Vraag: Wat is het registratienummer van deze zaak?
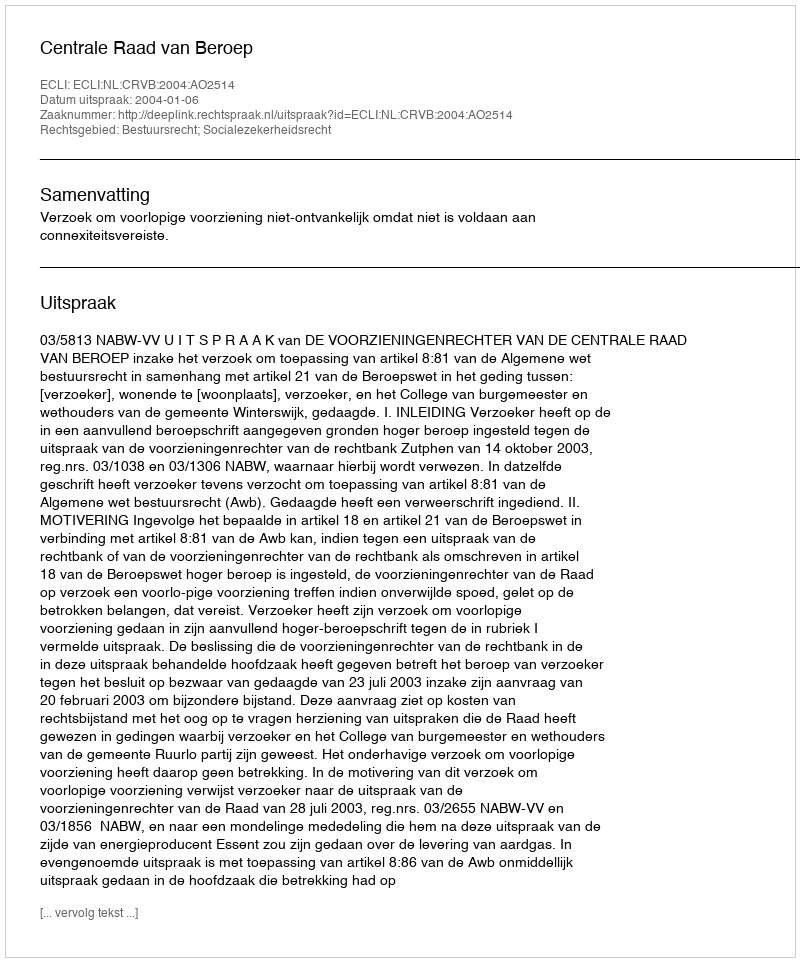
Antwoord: http://deeplink.rechtspraak.nl/uitspraak?id=ECLI:NL:CRVB:2004:AO2514